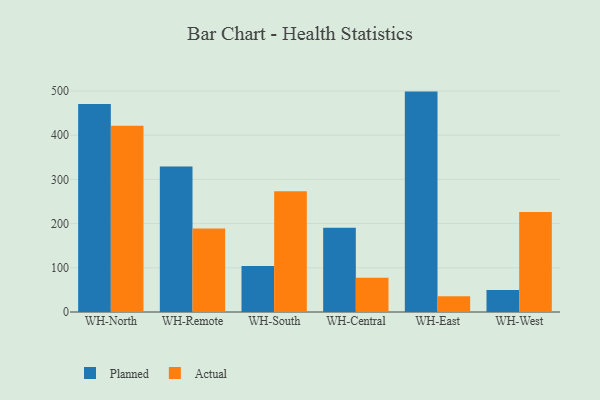
{"axis": {"x": "Warehouse", "y": "Page Views"}, "legend": ["Actual", "Planned"], "data": [{"x": "WH-North", "y": 470.4, "type": "Planned"}, {"x": "WH-North", "y": 421.3, "type": "Actual"}, {"x": "WH-Remote", "y": 329.1, "type": "Planned"}, {"x": "WH-Remote", "y": 189.0, "type": "Actual"}, {"x": "WH-South", "y": 104.0, "type": "Planned"}, {"x": "WH-South", "y": 273.3, "type": "Actual"}, {"x": "WH-Central", "y": 190.6, "type": "Planned"}, {"x": "WH-Central", "y": 77.5, "type": "Actual"}, {"x": "WH-East", "y": 498.5, "type": "Planned"}, {"x": "WH-East", "y": 35.7, "type": "Actual"}, {"x": "WH-West", "y": 49.7, "type": "Planned"}, {"x": "WH-West", "y": 226.0, "type": "Actual"}]}